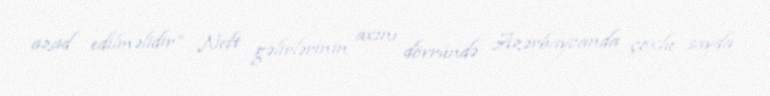
azad edilməlidir” Neft gəlirlərinin axını dövründə Azərbaycanda çoxlu sayda